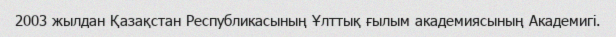
2003 жылдан Қазақстан Республикасының Ұлттық ғылым академиясының Академигі.